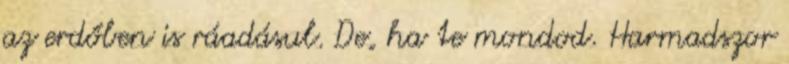
az erdőben is ráadásul. De, ha te mondod. Harmadszor